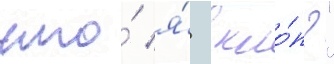
что́ я́  кло́п?"